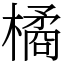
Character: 橘